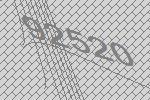
92520